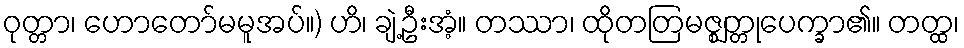
ဝုတ္တာ၊ ဟောတော်မမူအပ်။) ဟိ၊ ချဲ့ဦးအံ့။ တဿာ၊ ထိုတတြမဇ္ဈတ္တုပေက္ခာ၏။ တတ္ထ၊